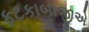
ફટકાબાજીએ